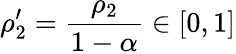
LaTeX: \rho_{2}^{\prime}=\frac{\rho_{2}}{1-\alpha}\in[0,1]